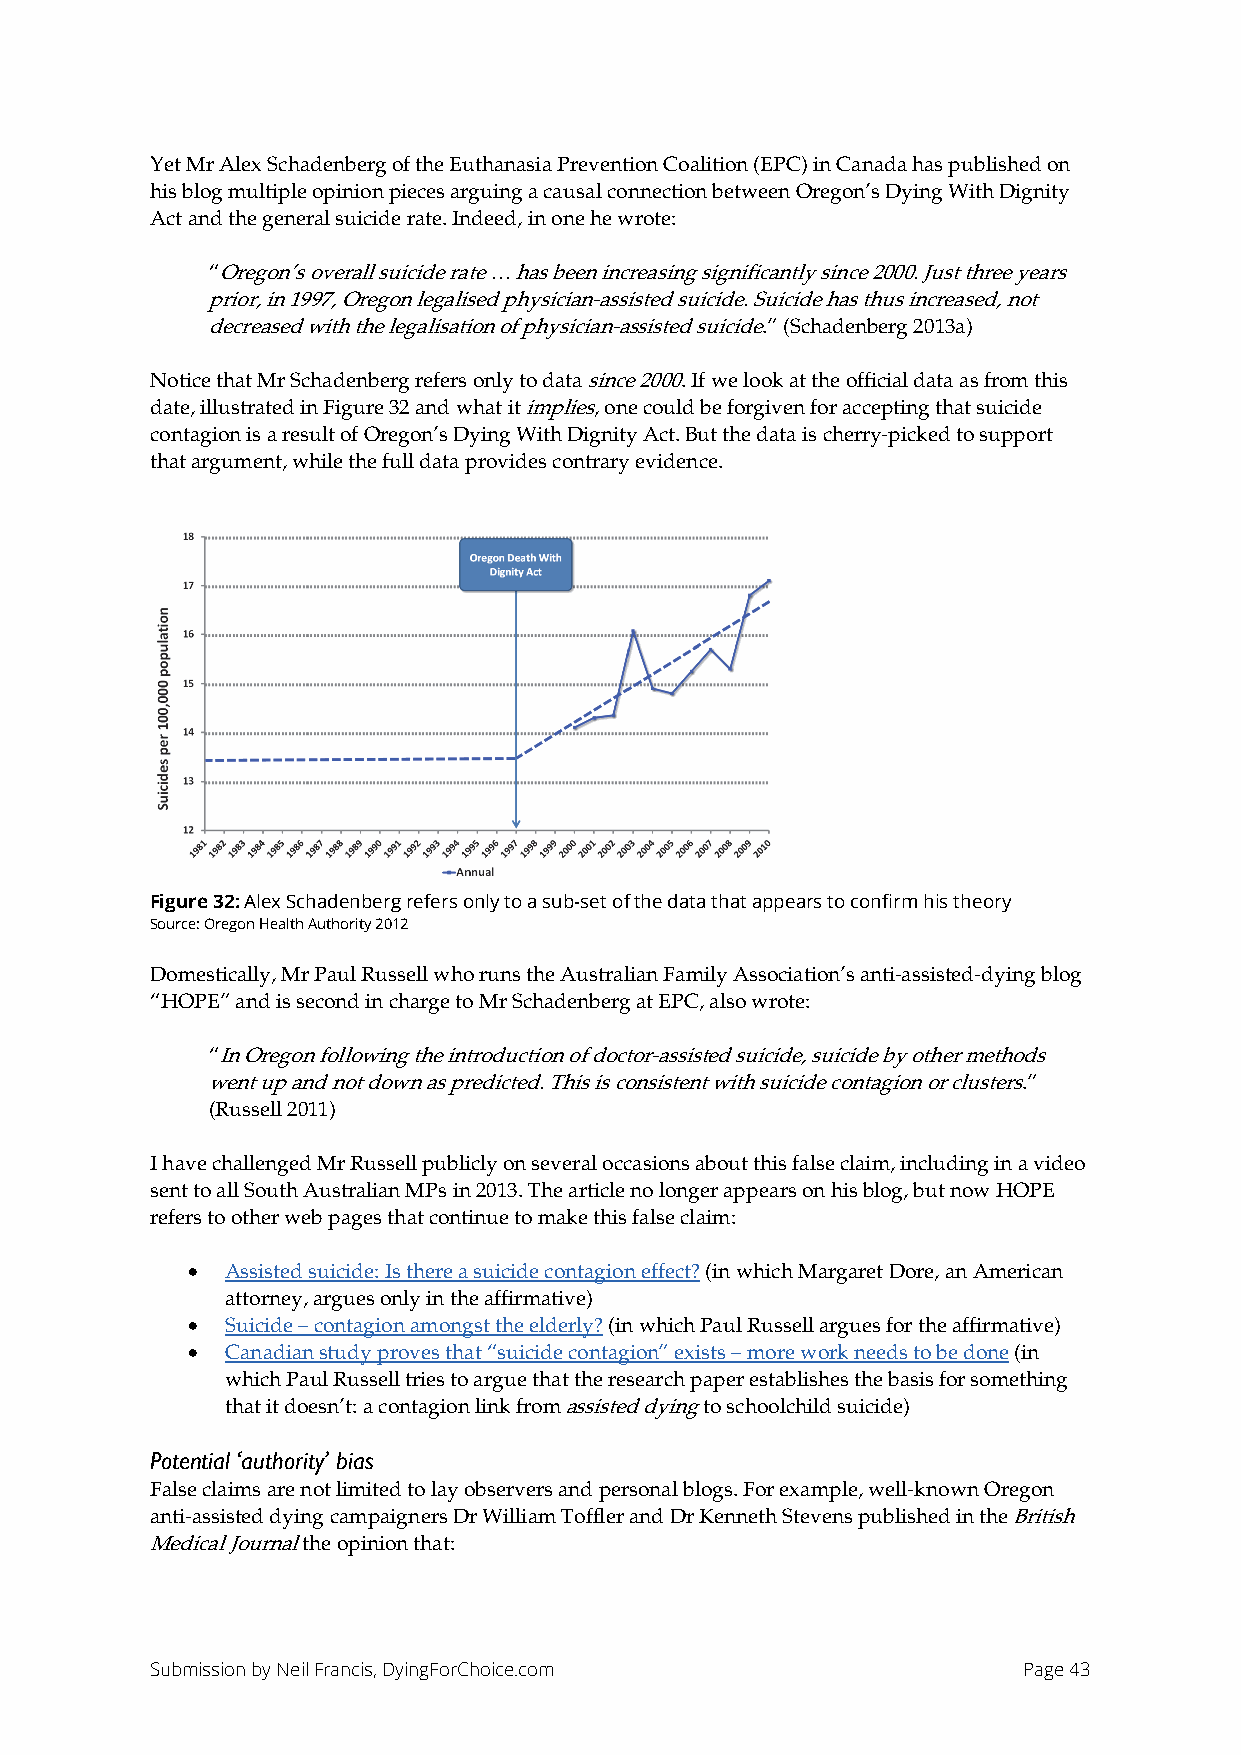
Yet Mr Alex Schadenberg of the Euthanasia Prevention Coalition (EPC) in Canada has published on
 his blog multiple opinion pieces arguing a causal connection between Oregon’s Dying With Dignity
 Act and the general suicide rate. Indeed, in one he wrote:
 “Oregon’s overall suicide rate … has been increasing significantly since 2000. Just three years
 prior, in 1997, Oregon legalised physician-assisted suicide. Suicide has thus increased, not
 decreased with the legalisation of physician-assisted suicide.” (Schadenberg 2013a)
 Notice that Mr Schadenberg refers only to data since 2000. If we look at the official data as from this
 date, illustrated in Figure 32 and what it implies, one could be forgiven for accepting that suicide
 contagion is a result of Oregon’s Dying With Dignity Act. But the data is cherry-picked to support
 that argument, while the full data provides contrary evidence.
 Figure 32: Alex Schadenberg refers only to a sub-set of the data that appears to confirm his theory
 Source: Oregon Health Authority 2012
 Domestically, Mr Paul Russell who runs the Australian Family Association’s anti-assisted-dying blog
 “HOPE” and is second in charge to Mr Schadenberg at EPC, also wrote:
 “In Oregon following the introduction of doctor-assisted suicide, suicide by other methods
 went up and not down as predicted. This is consistent with suicide contagion or clusters.”
 (Russell 2011)
 I have challenged Mr Russell publicly on several occasions about this false claim, including in a video
 sent to all South Australian MPs in 2013. The article no longer appears on his blog, but now HOPE
 refers to other web pages that continue to make this false claim:
 •  Assisted suicide: Is there a suicide contagion effect? (in which Margaret Dore, an American
 attorney, argues only in the affirmative)
 •  Suicide – contagion amongst the elderly? (in which Paul Russell argues for the affirmative)
 •  Canadian study proves that “suicide contagion” exists – more work needs to be done (in
 which Paul Russell tries to argue that the research paper establishes the basis for something
 that it doesn’t: a contagion link from assisted dying to schoolchild suicide)
 Potential ‘authority’ bias
 False claims are not limited to lay observers and personal blogs. For example, well-known Oregon
 anti-assisted dying campaigners Dr William Toffler and Dr Kenneth Stevens published in the British
 Medical Journal the opinion that:
 Submission by Neil Francis, DyingForChoice.com            Page 43